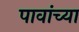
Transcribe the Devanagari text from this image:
पावांच्या